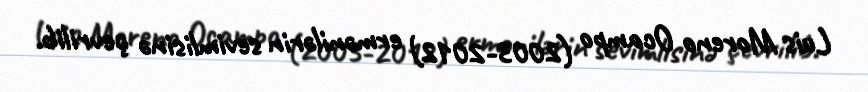
Luis Moreno Ocampo (2003-2012) ermənilərin sevimlisinə çevrilib.